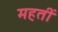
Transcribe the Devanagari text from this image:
महतीं